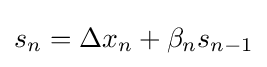
\displaystyle s_{n}=\Delta x_{n}+\beta _{n}s_{n-1}